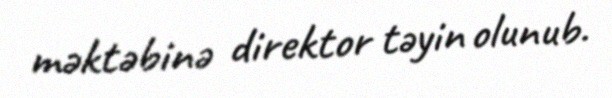
məktəbinə direktor təyin olunub.